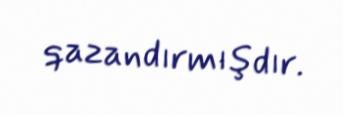
qazandırmışdır.